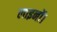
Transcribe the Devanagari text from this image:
लाइनों।